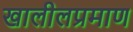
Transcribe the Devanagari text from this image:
खालीलप्रमाण